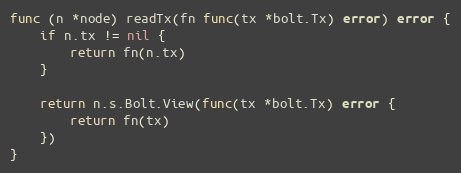
Language: Go
func (n *node) readTx(fn func(tx *bolt.Tx) error) error {
	if n.tx != nil {
		return fn(n.tx)
	}

	return n.s.Bolt.View(func(tx *bolt.Tx) error {
		return fn(tx)
	})
}